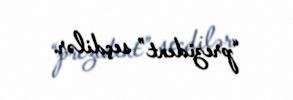
“prezident” seçdilər.